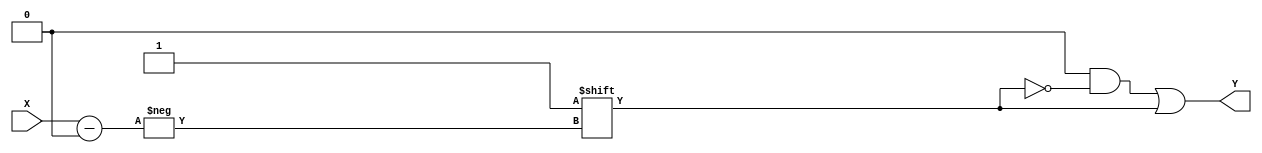
module decoder #(parameter N = 3) (
  input [N-1:0] X,
  output reg [(1<<N)-1:0] Y 
  // [(1<<N)-1:0] = [7:0]  N = 3
  // example:
  // 2^3 == 1 << 3 ( shift- 3  ) -> 1000
  // 2^4 == 1 << 4 ( shift- 4  ) -> 10000
);
  
  always @(*) begin
    Y = 0;
    Y[X] = 1;
  end
endmodule